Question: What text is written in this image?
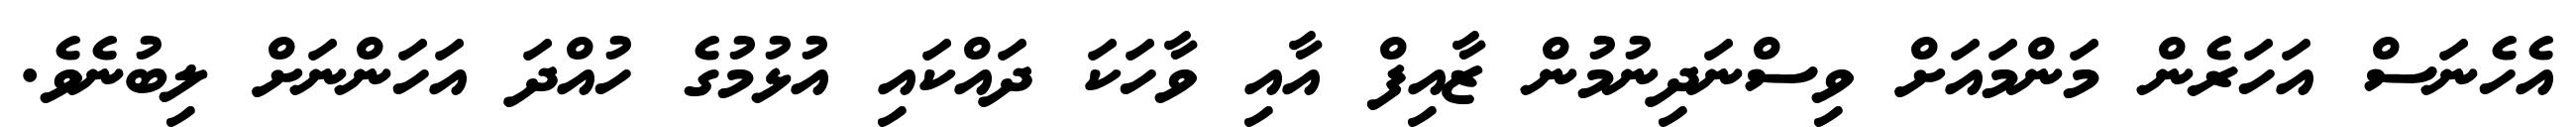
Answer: އެހެނަސް އަހަރެން މަންމައަށް ވިސްނަދިނުމުން ޒާއިފް އާއި ވާހަކަ ދައްކައި އުޅުމުގެ ހުއްދަ އަހަންނަށް ލިބުނެވެ.